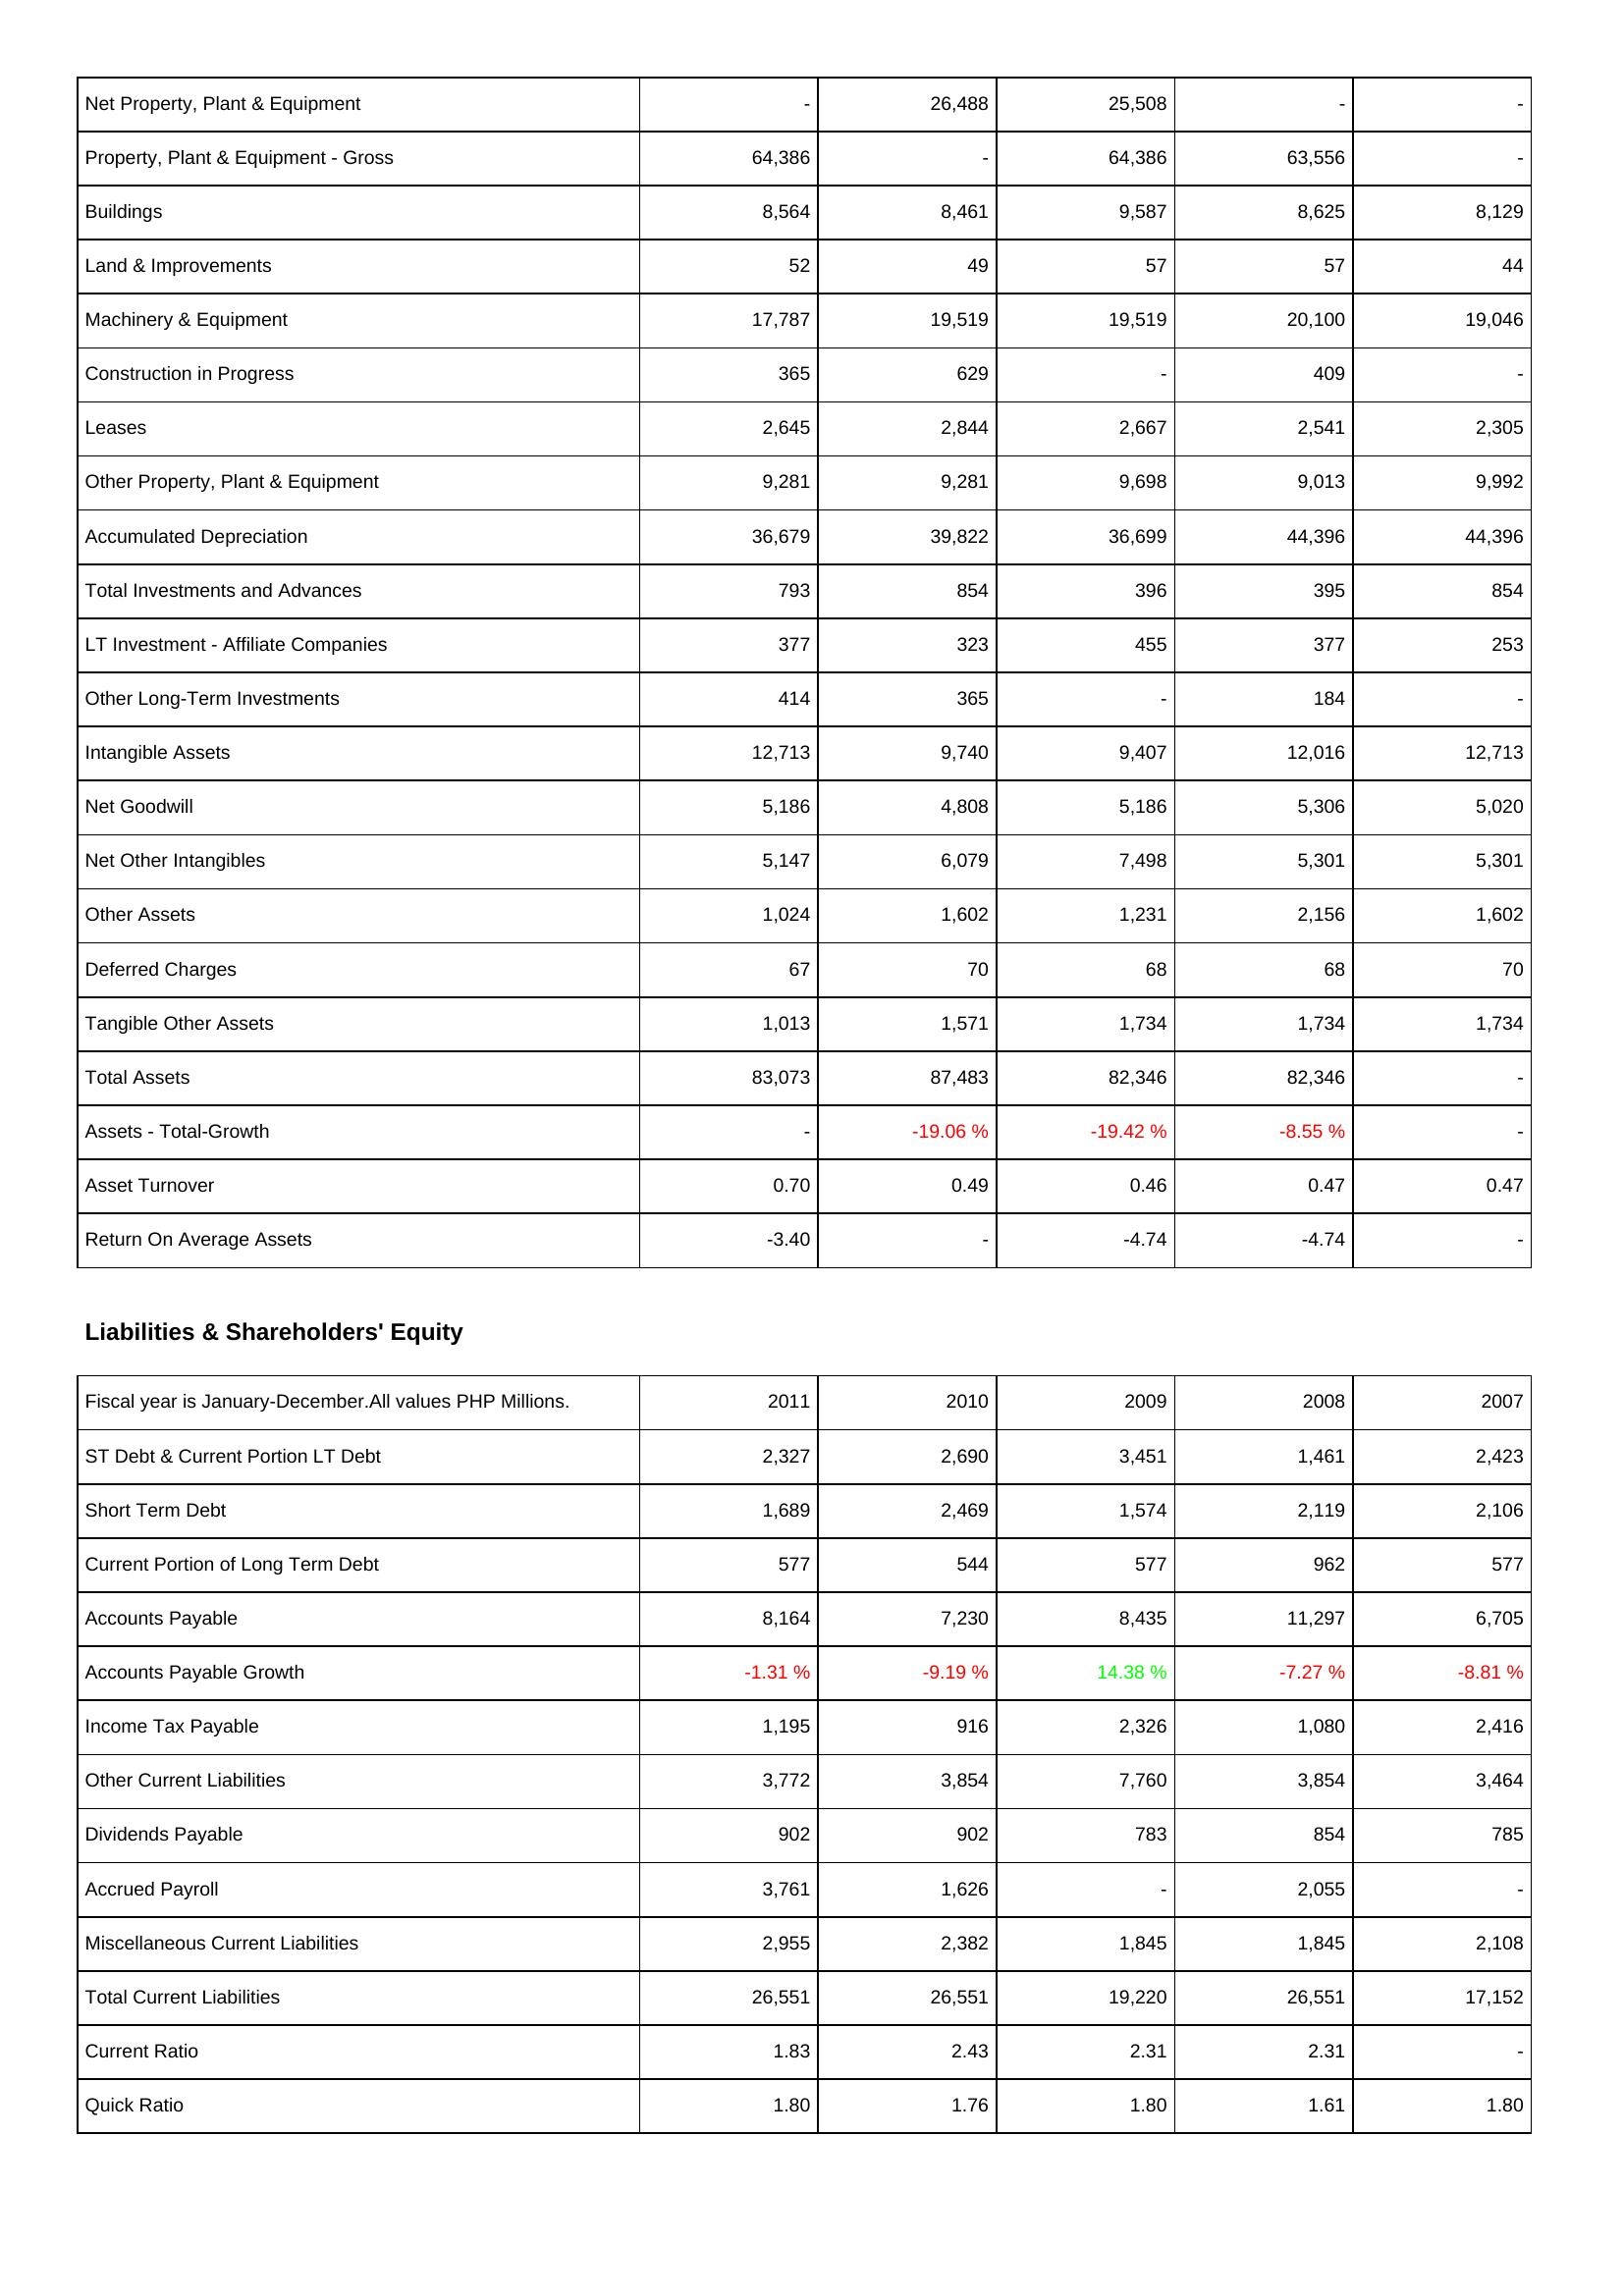
2011: Assets: Net Property, Plant & Equipment: -
Property, Plant & Equipment - Gross: 64,386
Buildings: 8,564
Land & Improvements: 52
Machinery & Equipment: 17,787
Construction in Progress: 365
Leases: 2,645
Other Property, Plant & Equipment: 9,281
Accumulated Depreciation: 36,679
Total Investments and Advances: 793
LT Investment - Affiliate Companies: 377
Other Long-Term Investments: 414
Intangible Assets: 12,713
Net Goodwill: 5,186
Net Other Intangibles: 5,147
Other Assets: 1,024
Deferred Charges: 67
Tangible Other Assets: 1,013
Total Assets: 83,073
Assets - Total-Growth: -
Asset Turnover: 0.70
Return On Average Assets: -3.40
Liabilities & Shareholders' Equity: ST Debt & Current Portion LT Debt: 2,327
Short Term Debt: 1,689
Current Portion of Long Term Debt: 577
Accounts Payable: 8,164
Accounts Payable Growth: -1.31 %
Income Tax Payable: 1,195
Other Current Liabilities: 3,772
Dividends Payable: 902
Accrued Payroll: 3,761
Miscellaneous Current Liabilities: 2,955
Total Current Liabilities: 26,551
Current Ratio: 1.83
Quick Ratio: 1.80
2010: Assets: Net Property, Plant & Equipment: 26,488
Property, Plant & Equipment - Gross: -
Buildings: 8,461
Land & Improvements: 49
Machinery & Equipment: 19,519
Construction in Progress: 629
Leases: 2,844
Other Property, Plant & Equipment: 9,281
Accumulated Depreciation: 39,822
Total Investments and Advances: 854
LT Investment - Affiliate Companies: 323
Other Long-Term Investments: 365
Intangible Assets: 9,740
Net Goodwill: 4,808
Net Other Intangibles: 6,079
Other Assets: 1,602
Deferred Charges: 70
Tangible Other Assets: 1,571
Total Assets: 87,483
Assets - Total-Growth: -19.06 %
Asset Turnover: 0.49
Return On Average Assets: -
Liabilities & Shareholders' Equity: ST Debt & Current Portion LT Debt: 2,690
Short Term Debt: 2,469
Current Portion of Long Term Debt: 544
Accounts Payable: 7,230
Accounts Payable Growth: -9.19 %
Income Tax Payable: 916
Other Current Liabilities: 3,854
Dividends Payable: 902
Accrued Payroll: 1,626
Miscellaneous Current Liabilities: 2,382
Total Current Liabilities: 26,551
Current Ratio: 2.43
Quick Ratio: 1.76
2009: Assets: Net Property, Plant & Equipment: 25,508
Property, Plant & Equipment - Gross: 64,386
Buildings: 9,587
Land & Improvements: 57
Machinery & Equipment: 19,519
Construction in Progress: -
Leases: 2,667
Other Property, Plant & Equipment: 9,698
Accumulated Depreciation: 36,699
Total Investments and Advances: 396
LT Investment - Affiliate Companies: 455
Other Long-Term Investments: -
Intangible Assets: 9,407
Net Goodwill: 5,186
Net Other Intangibles: 7,498
Other Assets: 1,231
Deferred Charges: 68
Tangible Other Assets: 1,734
Total Assets: 82,346
Assets - Total-Growth: -19.42 %
Asset Turnover: 0.46
Return On Average Assets: -4.74
Liabilities & Shareholders' Equity: ST Debt & Current Portion LT Debt: 3,451
Short Term Debt: 1,574
Current Portion of Long Term Debt: 577
Accounts Payable: 8,435
Accounts Payable Growth: 14.38 %
Income Tax Payable: 2,326
Other Current Liabilities: 7,760
Dividends Payable: 783
Accrued Payroll: -
Miscellaneous Current Liabilities: 1,845
Total Current Liabilities: 19,220
Current Ratio: 2.31
Quick Ratio: 1.80
2008: Assets: Net Property, Plant & Equipment: -
Property, Plant & Equipment - Gross: 63,556
Buildings: 8,625
Land & Improvements: 57
Machinery & Equipment: 20,100
Construction in Progress: 409
Leases: 2,541
Other Property, Plant & Equipment: 9,013
Accumulated Depreciation: 44,396
Total Investments and Advances: 395
LT Investment - Affiliate Companies: 377
Other Long-Term Investments: 184
Intangible Assets: 12,016
Net Goodwill: 5,306
Net Other Intangibles: 5,301
Other Assets: 2,156
Deferred Charges: 68
Tangible Other Assets: 1,734
Total Assets: 82,346
Assets - Total-Growth: -8.55 %
Asset Turnover: 0.47
Return On Average Assets: -4.74
Liabilities & Shareholders' Equity: ST Debt & Current Portion LT Debt: 1,461
Short Term Debt: 2,119
Current Portion of Long Term Debt: 962
Accounts Payable: 11,297
Accounts Payable Growth: -7.27 %
Income Tax Payable: 1,080
Other Current Liabilities: 3,854
Dividends Payable: 854
Accrued Payroll: 2,055
Miscellaneous Current Liabilities: 1,845
Total Current Liabilities: 26,551
Current Ratio: 2.31
Quick Ratio: 1.61
2007: Assets: Net Property, Plant & Equipment: -
Property, Plant & Equipment - Gross: -
Buildings: 8,129
Land & Improvements: 44
Machinery & Equipment: 19,046
Construction in Progress: -
Leases: 2,305
Other Property, Plant & Equipment: 9,992
Accumulated Depreciation: 44,396
Total Investments and Advances: 854
LT Investment - Affiliate Companies: 253
Other Long-Term Investments: -
Intangible Assets: 12,713
Net Goodwill: 5,020
Net Other Intangibles: 5,301
Other Assets: 1,602
Deferred Charges: 70
Tangible Other Assets: 1,734
Total Assets: -
Assets - Total-Growth: -
Asset Turnover: 0.47
Return On Average Assets: -
Liabilities & Shareholders' Equity: ST Debt & Current Portion LT Debt: 2,423
Short Term Debt: 2,106
Current Portion of Long Term Debt: 577
Accounts Payable: 6,705
Accounts Payable Growth: -8.81 %
Income Tax Payable: 2,416
Other Current Liabilities: 3,464
Dividends Payable: 785
Accrued Payroll: -
Miscellaneous Current Liabilities: 2,108
Total Current Liabilities: 17,152
Current Ratio: -
Quick Ratio: 1.80